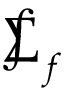
\sumint _ { f }